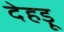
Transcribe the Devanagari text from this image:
देहड़ू